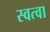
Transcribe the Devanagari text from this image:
स्वत्वा